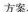
方案。